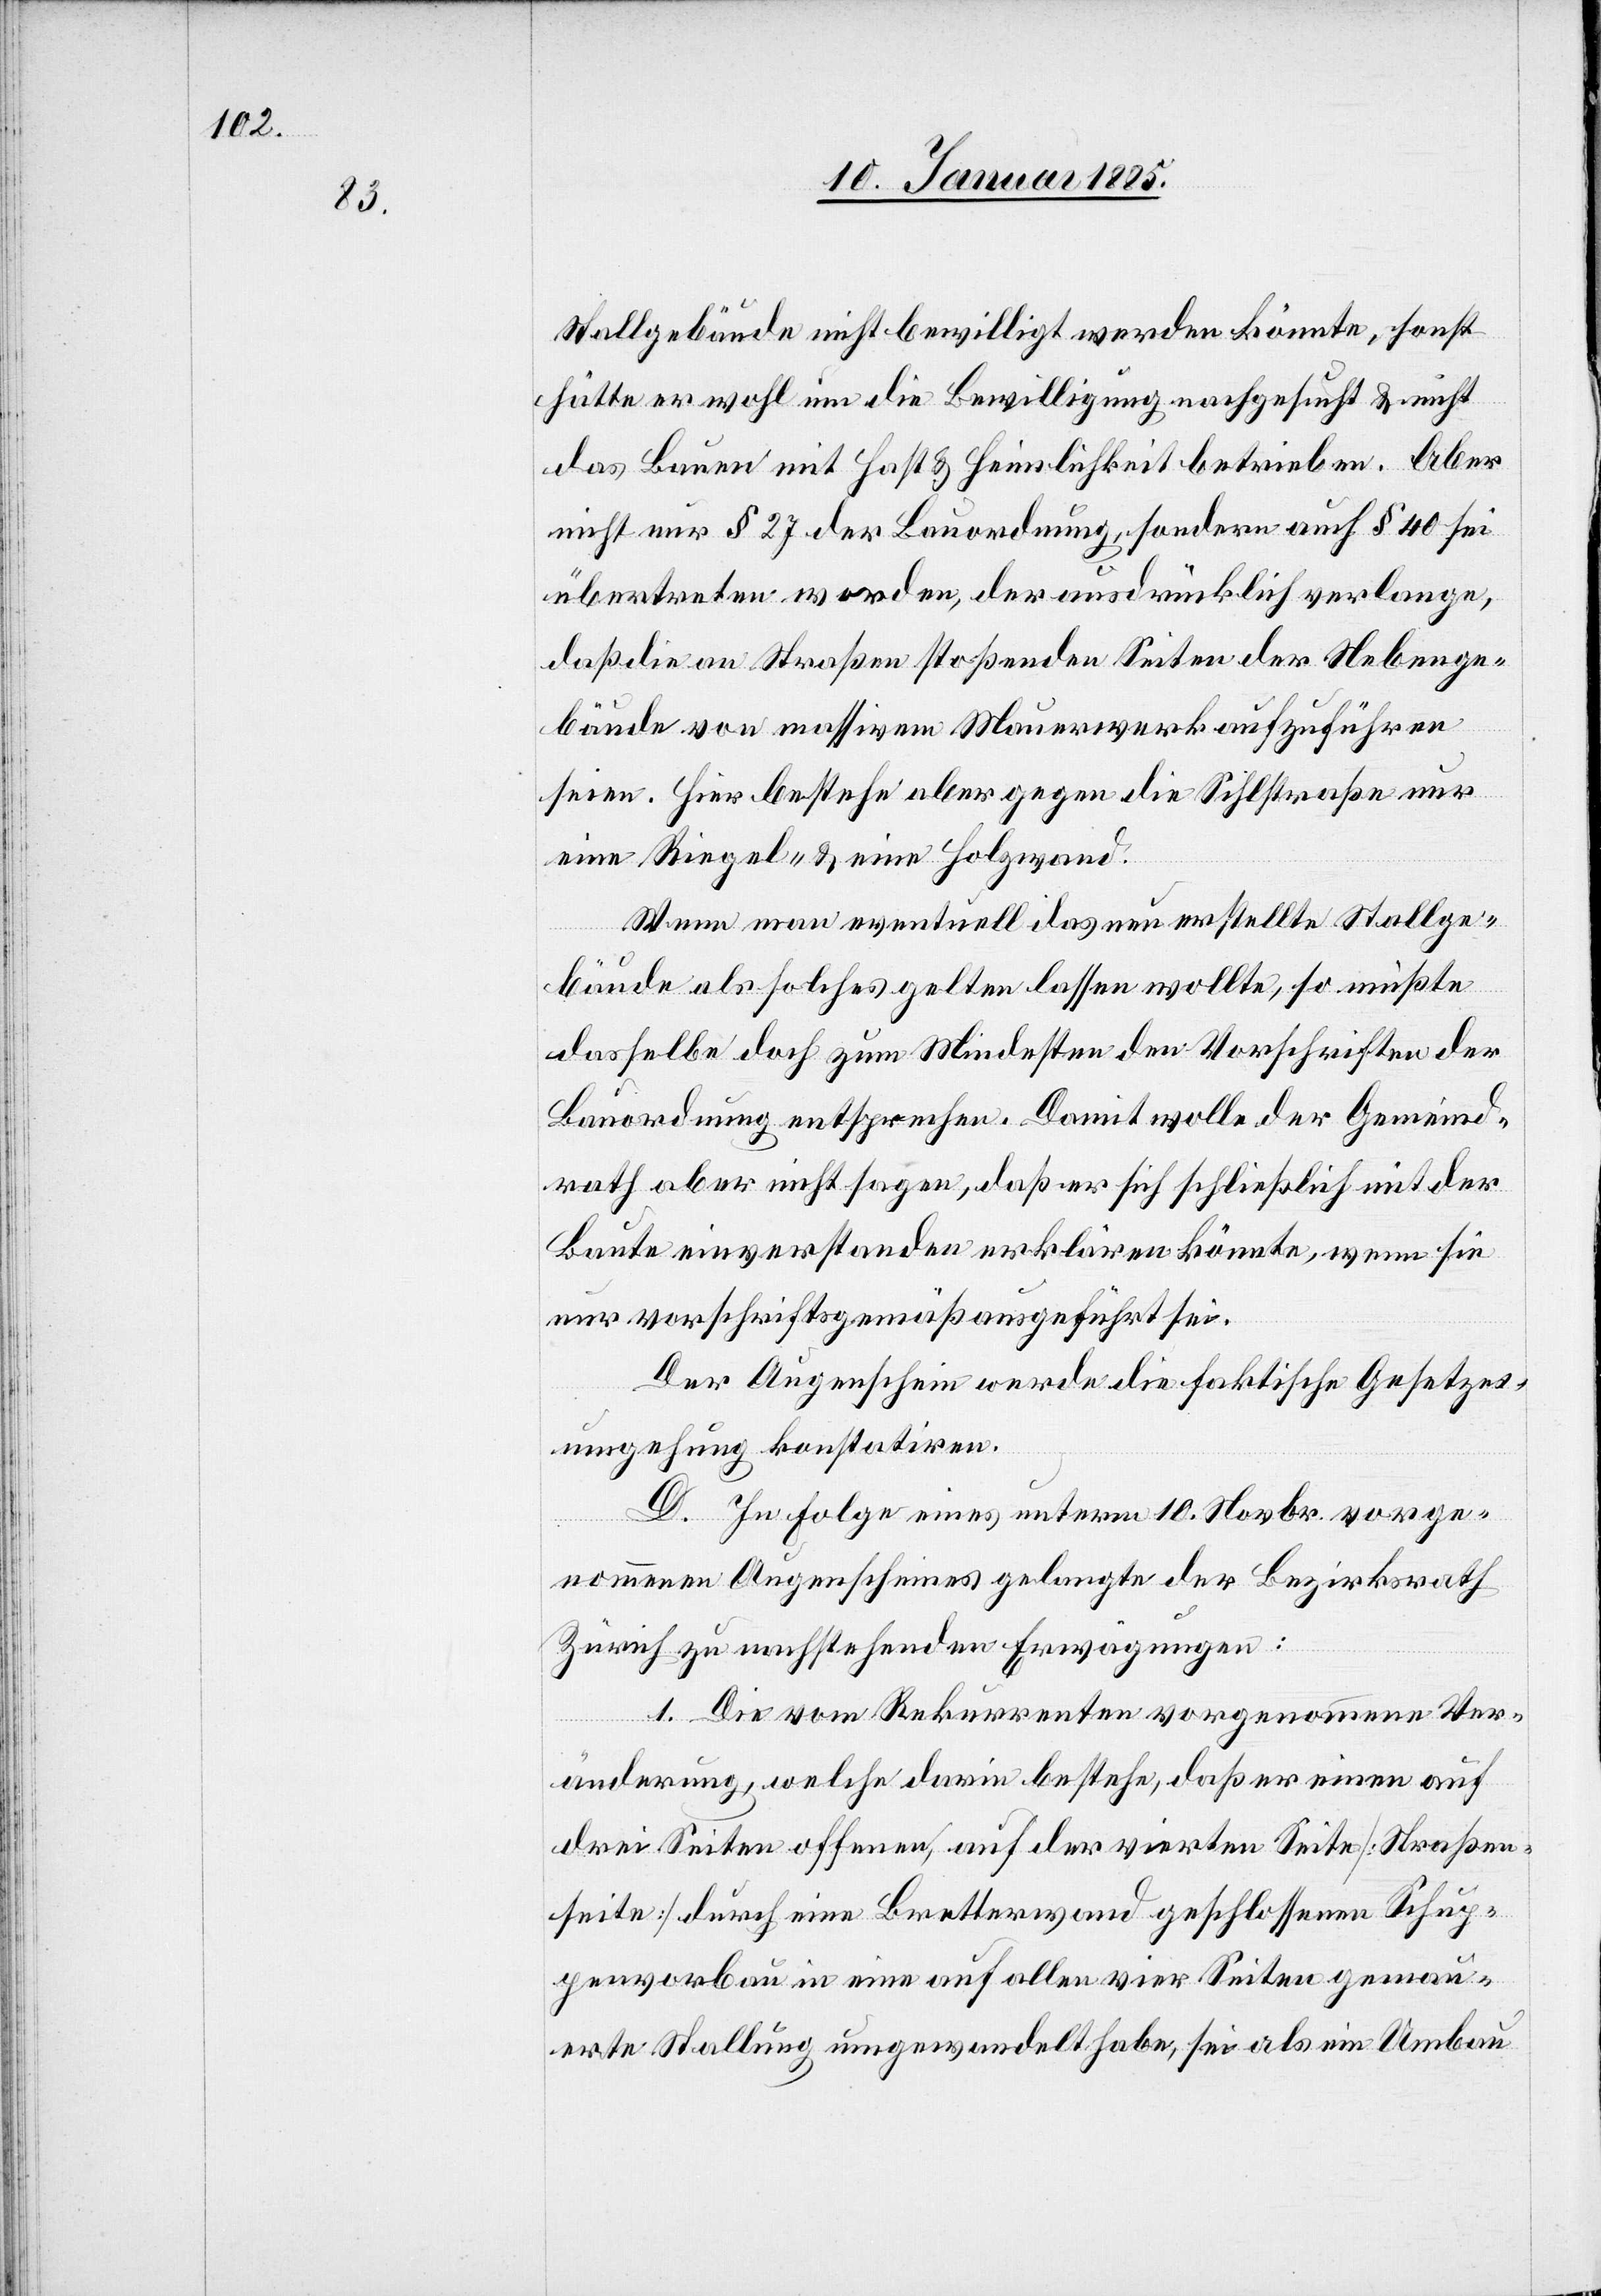
Stallgebäude nicht bewilligt werden könnte, sonst
hätte er wohl um die Bewilligung nachgesucht & nicht
das Bauen mit Hast & Heimlichkeit betrieben. Aber
nicht nur § 27 der Bauordnung, sondern auch § 40 sei
übertreten worden, der ausdrücklich verlange,
daß die an Straßen stoßenden Seiten der Nebenge¬
bäude von massivem Mauerwerk aufzuführen
seien. Hier bestehe aber gegen die Sihlstraße nur
eine Riegel- & eine Holzwand.
Wenn man eventuell das neu erstellte Stallge¬
gemau¬
bäude als solches gelten lassen wollte, so müßte
dasselbe doch zum Mindesten den Vorschriften der
Bauordnung entsprechen. Damit wolle der Gemeind¬
rath aber nicht sagen, daß er sich schließlich mit der
Baute einverstanden erklären könnte, wenn sie
nur vorschriftsgemäß ausgeführt sei.
Der Augenschein werde die faktische Gesetzes¬
umgehung konstatiren.
D. In Folge eines unterm 10. Novbr. vorge¬
nommenen Augenscheines gelangte der Bezirksrath
Zürich zu nachstehenden Erwägungen:
1. Die vom Rekurrenten vorgenommenen Ver¬
änderung, welche darin bestehe, daß er einen auf
drei Seiten offenen, auf der vierten Seite [Straßen¬
erte Stallung umgewandelt habe, sei als ein Umbau